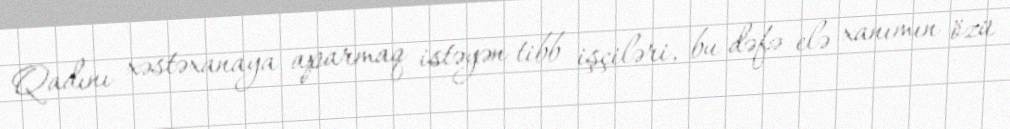
Qadını xəstəxanaya aparmaq istəyən tibb işçiləri, bu dəfə elə xanımın özü